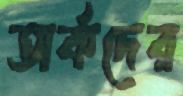
অর্কদের